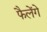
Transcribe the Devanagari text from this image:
फैलेंगे